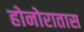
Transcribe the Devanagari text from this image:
होनोरातास